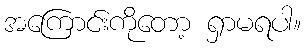
အကြောင်းကိုတော့ ရှာမရပါ။